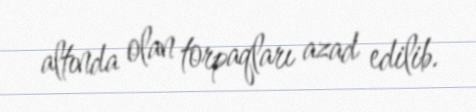
altında olan torpaqları azad edilib.